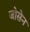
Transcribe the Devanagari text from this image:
जोसेन